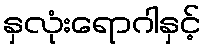
နှလုံးရောဂါနှင့်